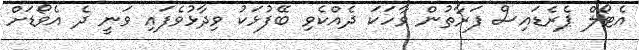
އެޓޯލް ޕެރެޑައިސް ފަރާތުން ވާހަކަ ދެއްކެވި ބޭފުޅަކު ވިދާޅުވެފައި ވަނީ ދެ އެވޯޑަށް